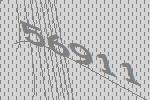
56911